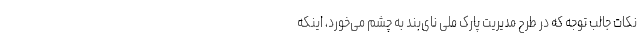
نکات جالب توجه که در طرح مدیریت پارک ملی نای‌بند به چشم می‌خورد، اینکه